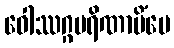
ဝေါဿဂ္ဂပရိဏာမိံပေ